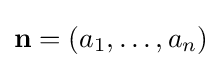
\mathbf {n} =\left(a_{1},\ldots ,a_{n}\right)